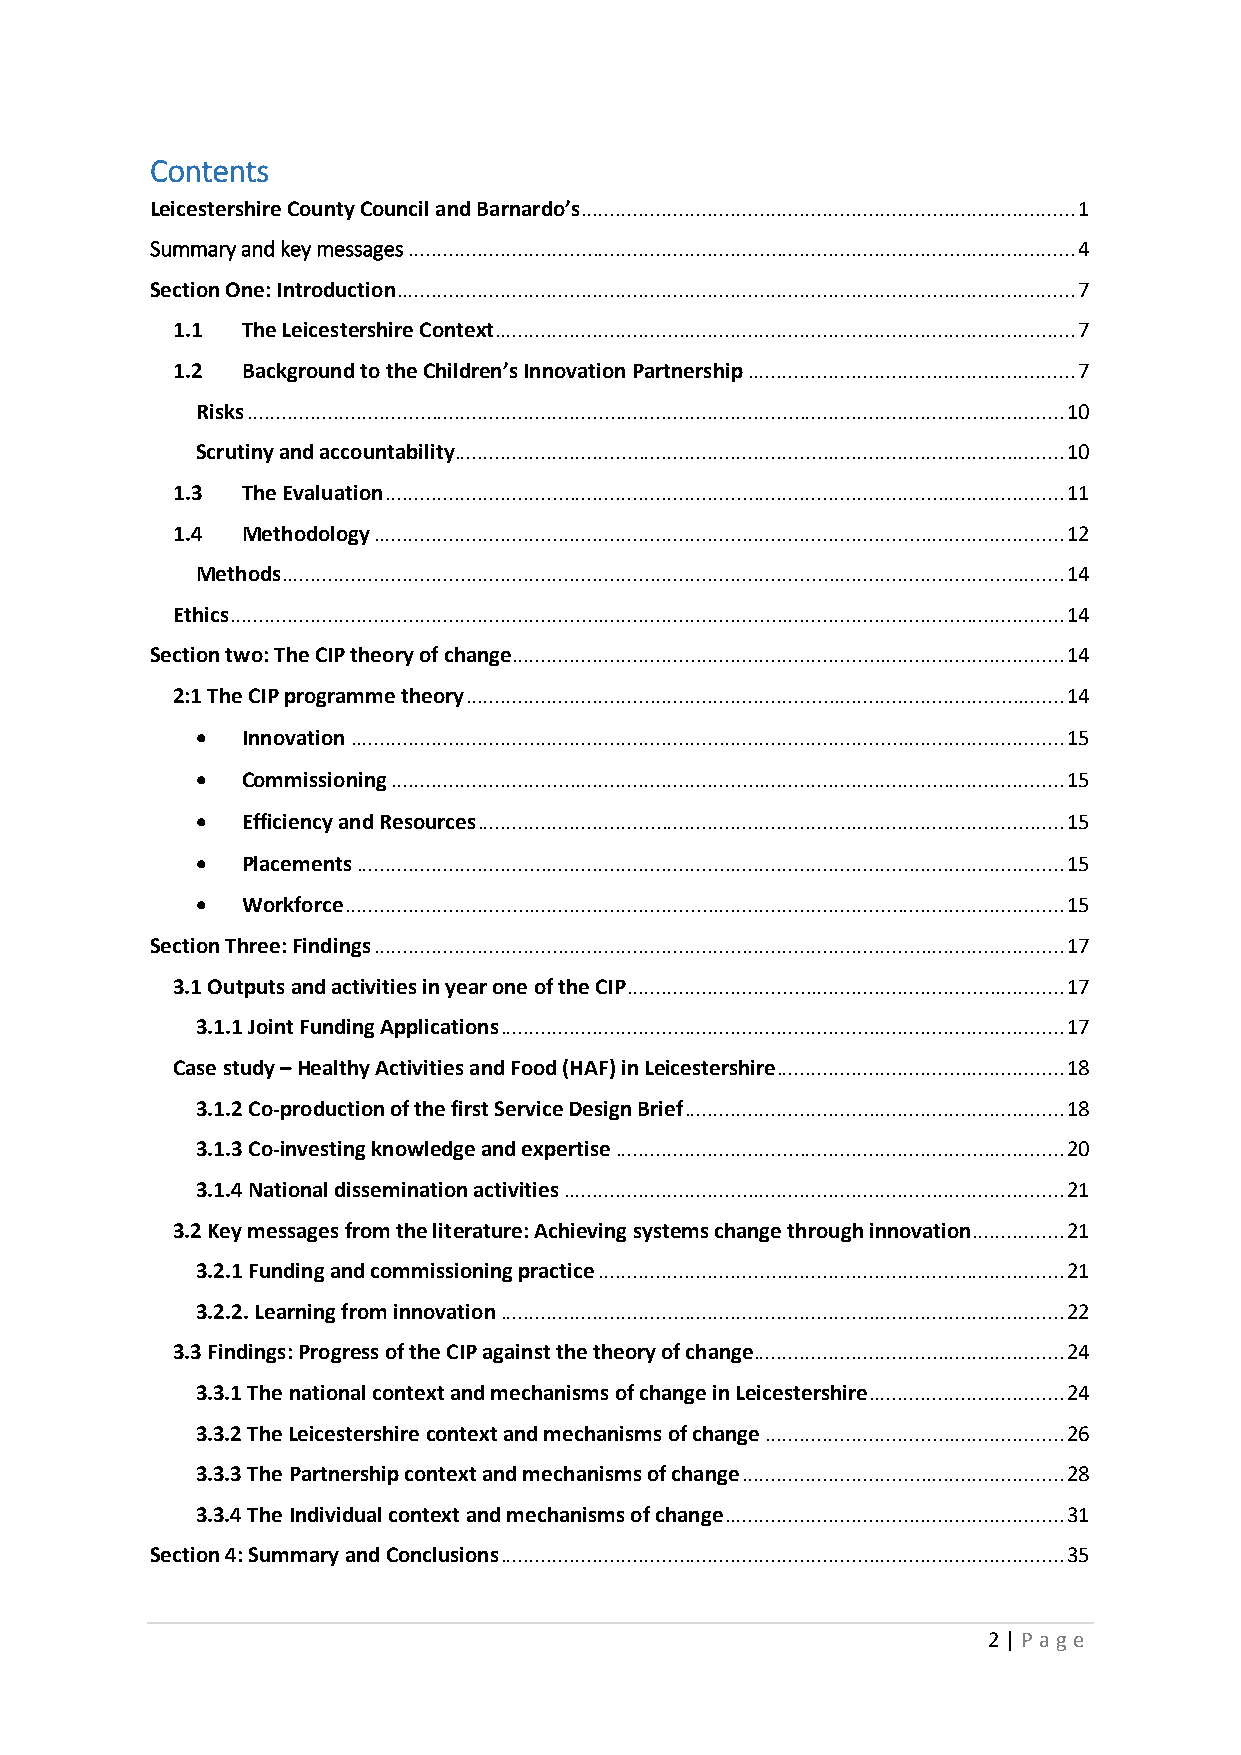
Contents
 Leicestershire County Council and Barnardo’s ...................................................................................... 1
 Summary and key messages .................................................................................................................... 4
 Section One: Introduction ...................................................................................................................... 7
 1.1  The Leicestershire Context ..................................................................................................... 7
 1.2  Background to the Children’s Innovation Partnership ......................................................... 7
 Risks .............................................................................................................................................. 10
 Scrutiny and accountability.......................................................................................................... 10
 1.3  The Evaluation ...................................................................................................................... 11
 1.4  Methodology ........................................................................................................................ 12
 Methods ........................................................................................................................................ 14
 Ethics ................................................................................................................................................. 14
 Section two: The CIP theory of change ................................................................................................ 14
 2:1 The CIP programme theory ........................................................................................................ 14
 •  Innovation ............................................................................................................................ 15
 •  Commissioning ..................................................................................................................... 15
 •  Efficiency and Resources ...................................................................................................... 15
 •  Placements ........................................................................................................................... 15
 •  Workforce ............................................................................................................................. 15
 Section Three: Findings ........................................................................................................................ 17
 3.1 Outputs and activities in year one of the CIP ............................................................................ 17
 3.1.1 Joint Funding Applications .................................................................................................. 17
 Case study – Healthy Activities and Food (HAF) in Leicestershire .................................................. 18
 3.1.2 Co-production of the first Service Design Brief .................................................................. 18
 3.1.3 Co-investing knowledge and expertise .............................................................................. 20
 3.1.4 National dissemination activities ....................................................................................... 21
 3.2 Key messages from the literature: Achieving systems change through innovation ................ 21
 3.2.1 Funding and commissioning practice ................................................................................. 21
 3.2.2. Learning from innovation .................................................................................................. 22
 3.3 Findings: Progress of the CIP against the theory of change...................................................... 24
 3.3.1 The national context and mechanisms of change in Leicestershire .................................. 24
 3.3.2 The Leicestershire context and mechanisms of change .................................................... 26
 3.3.3 The Partnership context and mechanisms of change ........................................................ 28
 3.3.4 The Individual context and mechanisms of change ........................................................... 31
 Section 4: Summary and Conclusions .................................................................................................. 35
 2 | P age